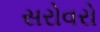
સરોવરો